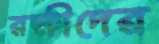
রক্ষীদের